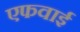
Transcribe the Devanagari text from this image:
एफवाई